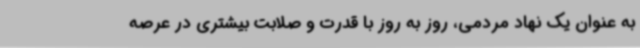
به عنوان یک نهاد مردمی، روز به روز با قدرت و صلابت بیشتری در عرصه